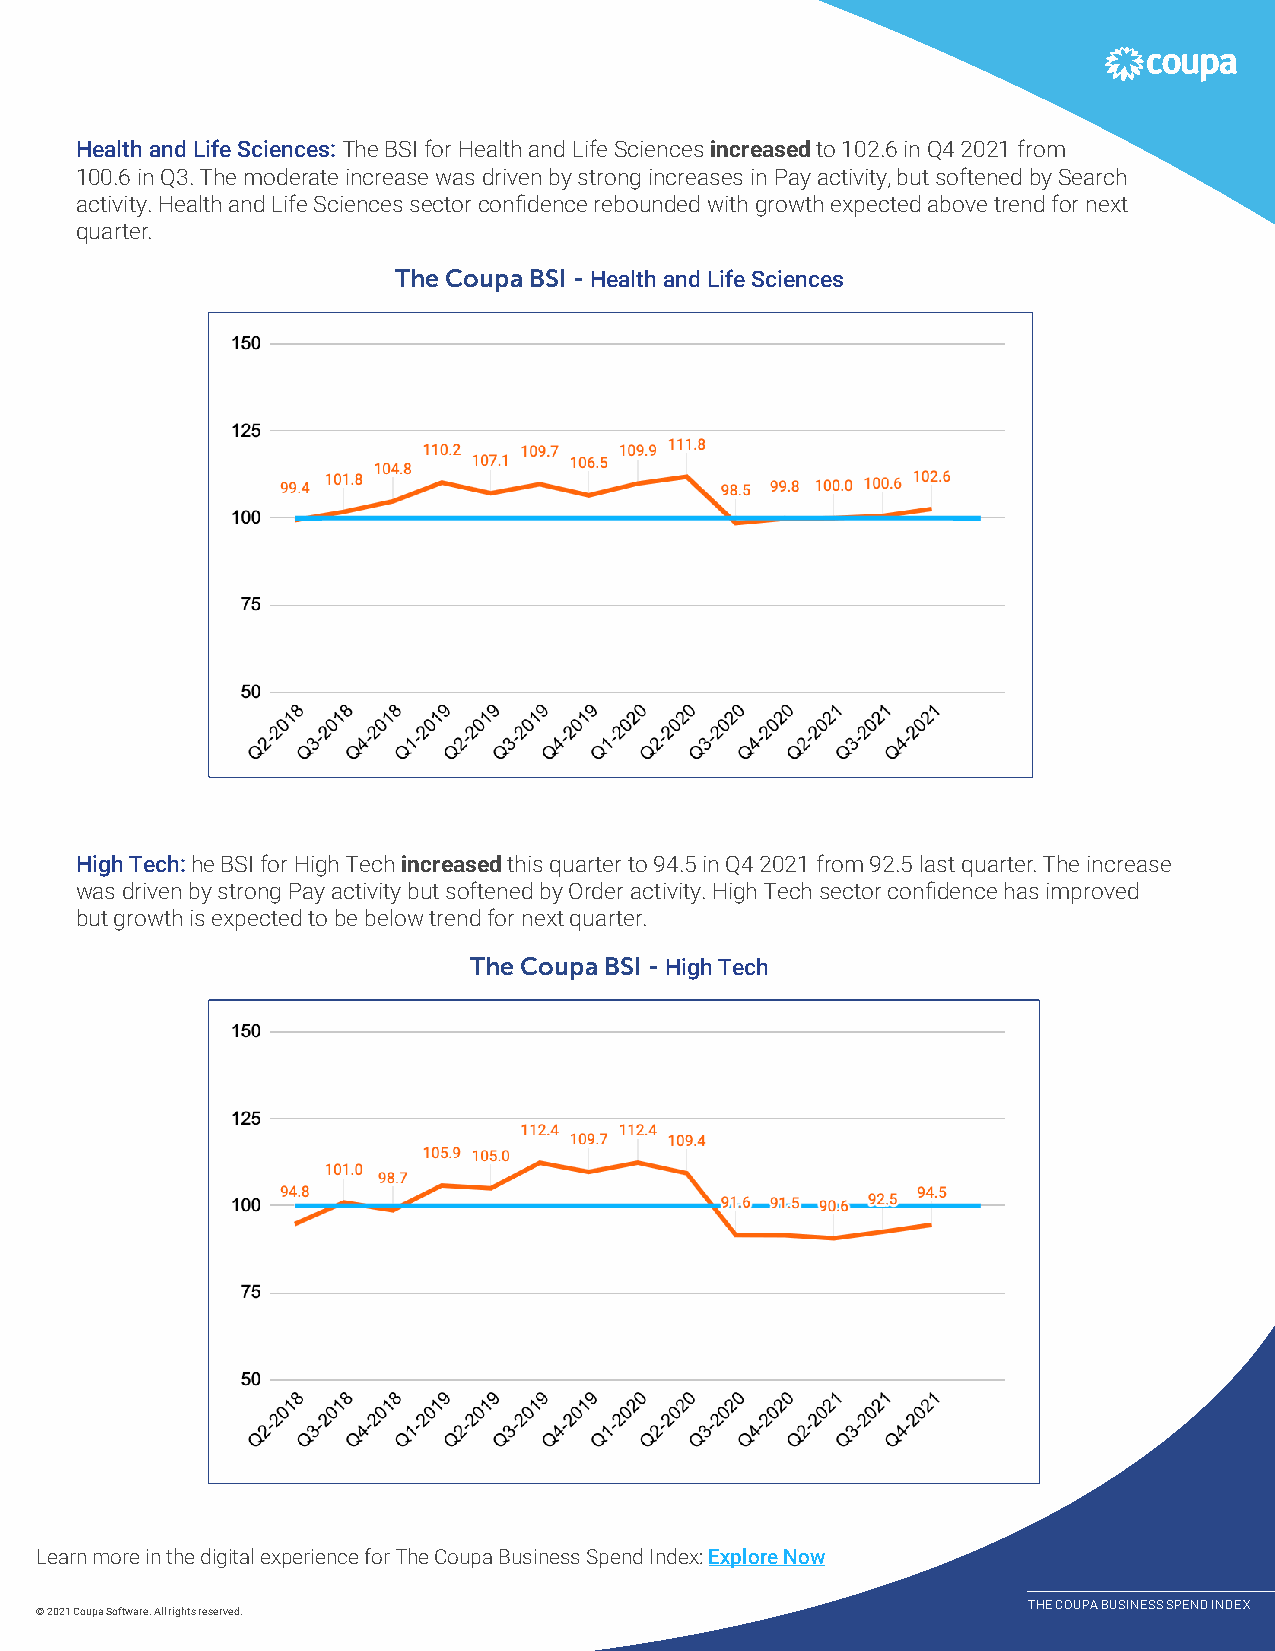
Health and Life Sciences: The BSI for Health and Life Sciences increased to 102.6 in Q4 2021 from
 100.6 in Q3. The moderate increase was driven by strong increases in Pay activity, but softened by Search
 activity. Health and Life Sciences sector confidence rebounded with growth expected above trend for next
 quarter.
 The Coupa BSI - Health and Life Sciences
 High Tech: he BSI for High Tech increased this quarter to 94.5 in Q4 2021 from 92.5 last quarter. The increase
 was driven by strong Pay activity but softened by Order activity. High Tech sector confidence has improved
 but growth is expected to be below trend for next quarter.
 The Coupa BSI - High Tech
 Learn more in the digital experience for The Coupa Business Spend Index: Explore Now
 THE COUPA BUSINESS SPEND INDEX
 © 2021 Coupa Software. All rights reserved.